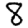
Digit: 8